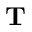
\mathbf T